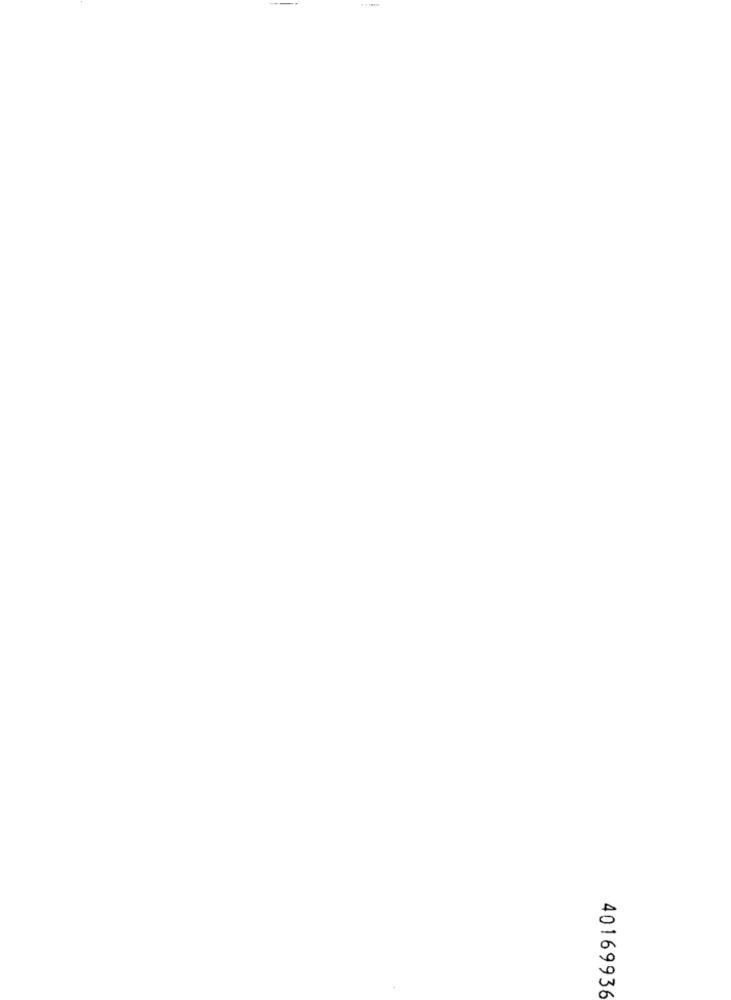
40169936